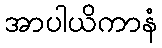
အာပါယိကာနံ